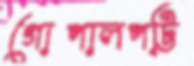
গোপালপট্টি